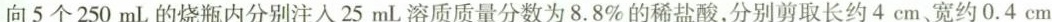
向5个250mL的烧瓶内分别注入25mL溶质质量分数为8.8%的稀盐酸，分别剪取长约4cm、宽约0.4cm